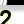
Digit: 2